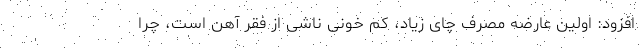
افزود: اولین عارضه مصرف چای زیاد، کم خونی ناشی از فقر آهن است، چرا